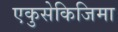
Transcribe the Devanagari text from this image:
एकुसेकिजिमा